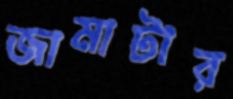
জামাটার